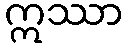
ဣဿာ